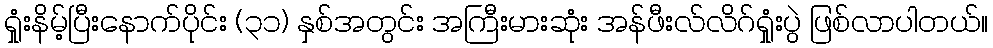
ရှုံးနိမ့်ပြီးနောက်ပိုင်း (၃၁) နှစ်အတွင်း အကြီးမားဆုံး အန်ဖီးလ်လိဂ်ရှုံးပွဲ ဖြစ်လာပါတယ်။